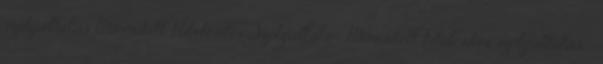
szolgáltatás Minősített Hitelesítés Szolgáltató  Minősített hitelesítés szolgáltatás 